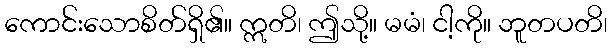
ကောင်းသောစိတ်ရှိ၏။ ဣတိ၊ ဤသို့။ မမံ၊ ငါ့ကို။ ဘူတပတိ၊